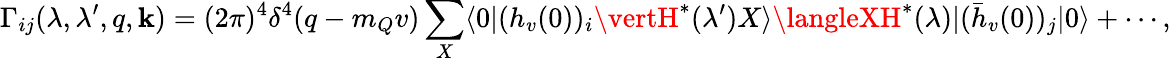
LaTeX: \Gamma_{ij}(\lambda,\lambda^{\prime},q,\mathbf{k})=(2\pi)^{4}\delta^{4}(q-m_{Q}v)\sum_{X}\langle0\vert(h_{v}(0))_{i}\vertH^{*}(\lambda^{\prime})X\rangle\langleXH^{*}(\lambda)\vert(\bar{{h}}_{v}(0))_{j}\vert0\rangle+\cdots,